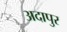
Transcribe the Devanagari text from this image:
अदापुर